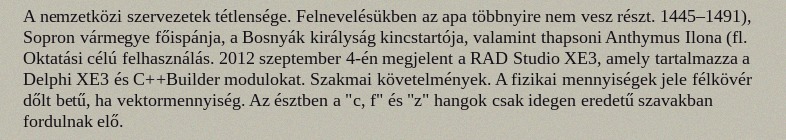
A nemzetközi szervezetek tétlensége. Felnevelésükben az apa többnyire nem vesz részt. 1445–1491), Sopron vármegye főispánja, a Bosnyák királyság kincstartója, valamint thapsoni Anthymus Ilona (fl. Oktatási célú felhasználás. 2012 szeptember 4-én megjelent a RAD Studio XE3, amely tartalmazza a Delphi XE3 és C++Builder modulokat. Szakmai követelmények. A fizikai mennyiségek jele félkövér dőlt betű, ha vektormennyiség. Az észtben a "c, f" és "z" hangok csak idegen eredetű szavakban fordulnak elő.